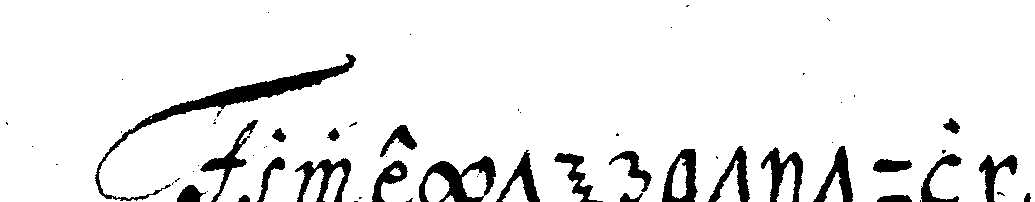
zweyter titul .